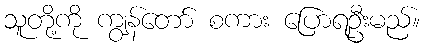
သူတို့ကို ကျွန်တော် စကား ပြောရဦးမည်။